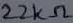
Text: 22KΩ